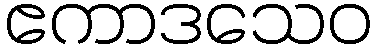
ဧကာဒသေဝ